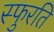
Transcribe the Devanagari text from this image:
स्फुरति